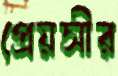
প্রেয়সীর